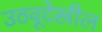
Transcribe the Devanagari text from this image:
उठवूदेखील